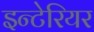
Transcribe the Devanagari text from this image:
इन्टेरियर